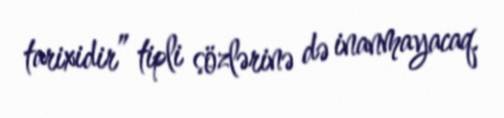
tarixidir” tipli sözlərinə də inanmayacaq.